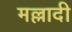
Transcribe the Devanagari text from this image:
मल्लादी